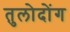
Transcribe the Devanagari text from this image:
तुलोदोंग